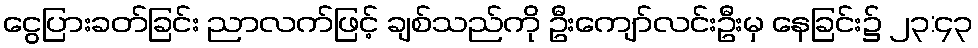
ငွေပြားခတ်ခြင်း ညာလက်ဖြင့် ချစ်သည်ကို ဦးကျော်လင်းဦးမှ နေခြင်း၌ ၂၃:၄၃